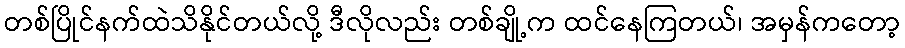
တစ်ပြိုင်နက်ထဲသိနိုင်တယ်လို့ ဒီလိုလည်း တစ်ချို့က ထင်နေကြတယ်၊ အမှန်ကတော့